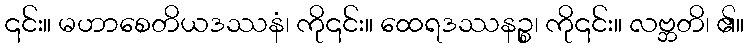
၎င်း။ မဟာစေတိယဒဿနံ၊ ကို၎င်း။ ထေရဒဿနဉ္စ၊ ကို၎င်း။ လဗ္ဘတိ၊ ၏။